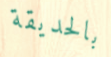
بالحديقة